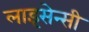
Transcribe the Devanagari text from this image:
लाइसेन्सी